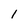
Character: 1